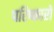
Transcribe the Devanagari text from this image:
परिष्कारों